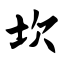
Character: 坎